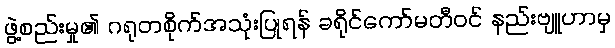
ဖွဲ့စည်းမှု၏ ဂရုတစိုက်အသုံးပြုရန် ခရိုင်ကော်မတီဝင် နည်းဗျူဟာမှ